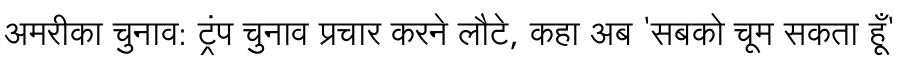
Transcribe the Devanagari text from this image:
अमरीका चुनाव: ट्रंप चुनाव प्रचार करने लौटे, कहा अब 'सबको चूम सकता हूँ'